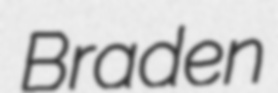
Braden